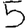
Digit: 5